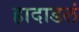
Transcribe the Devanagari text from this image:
हादाडलं